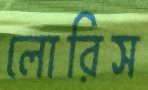
লোরিস